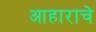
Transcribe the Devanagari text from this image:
आहाराचे